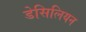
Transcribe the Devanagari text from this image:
डेसिलियन